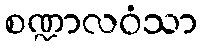
စဏ္ဍာလဝံသာ